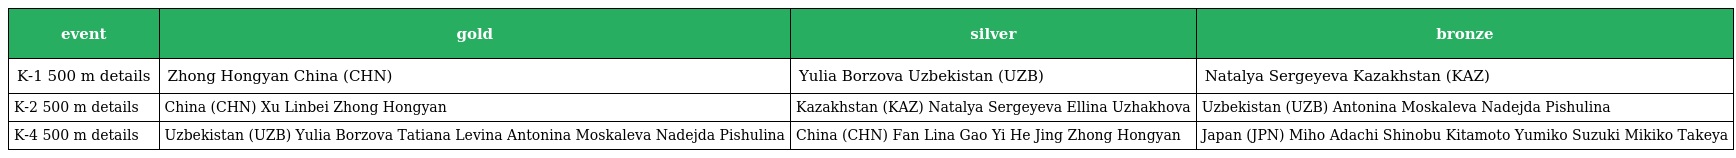
| event | gold | silver | bronze |
 | --- | --- | --- | --- |
 | K-1 500 m details | Zhong Hongyan China (CHN) | Yulia Borzova Uzbekistan (UZB) | Natalya Sergeyeva Kazakhstan (KAZ) |
 | K-2 500 m details | China (CHN) Xu Linbei Zhong Hongyan | Kazakhstan (KAZ) Natalya Sergeyeva Ellina Uzhakhova | Uzbekistan (UZB) Antonina Moskaleva Nadejda Pishulina |
 | K-4 500 m details | Uzbekistan (UZB) Yulia Borzova Tatiana Levina Antonina Moskaleva Nadejda Pishulina | China (CHN) Fan Lina Gao Yi He Jing Zhong Hongyan | Japan (JPN) Miho Adachi Shinobu Kitamoto Yumiko Suzuki Mikiko Takeya |